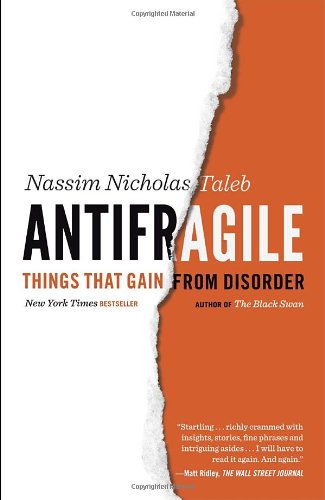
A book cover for Antifragile: Things That Gain from Disorder (Incerto); Nassim Nicholas Taleb; Medical Books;